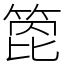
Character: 箆